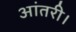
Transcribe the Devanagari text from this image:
आंतरी।